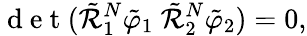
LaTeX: \mathrm{~d~e~t~}(\tilde{\mathcal{R}}_{1}^{N}\tilde{\varphi}_{1}~\tilde{\mathcal{R}}_{2}^{N}\tilde{\varphi}_{2})=0,